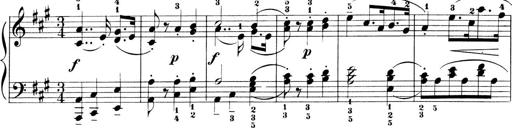
Title: 6 Piano Sonatinas
Composer: Cornelius Gurlitt